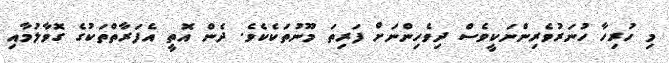
މި ހުރިހާ ހުނަރުވެރިންނަކީވެސް ދިވެހިންނަށް ފަރިތަ މޫނުތަކެކެވެ. ދެން އޮތީ އެފަރާތްތަކުގެ ގޮވާލުމާއި